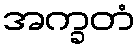
အက္ခတံ